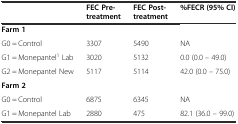
|  | FEC Pre-treatment | FEC Post-treatment | %FECR (95% CI) |
 | --- | --- | --- | --- |
 | <COLSPAN=4> Farm 1 |
 | G0 = Control | 3307 | 5490 | NA |
 | G1 = Monepantel1 Lab | 3020 | 5132 | 0.0 (0.0 – 49.0) |
 | G2 = Monepantel New | 5117 | 5114 | 42.0 (0.0 – 75.0) |
 | <COLSPAN=4> Farm 2 |
 | G0 = Control | 6875 | 6345 | NA |
 | G1 = Monepantel Lab | 2880 | 475 | 82.1 (36.0 – 99.0) |